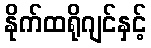
နိုက်ထရိုဂျင်နှင့်